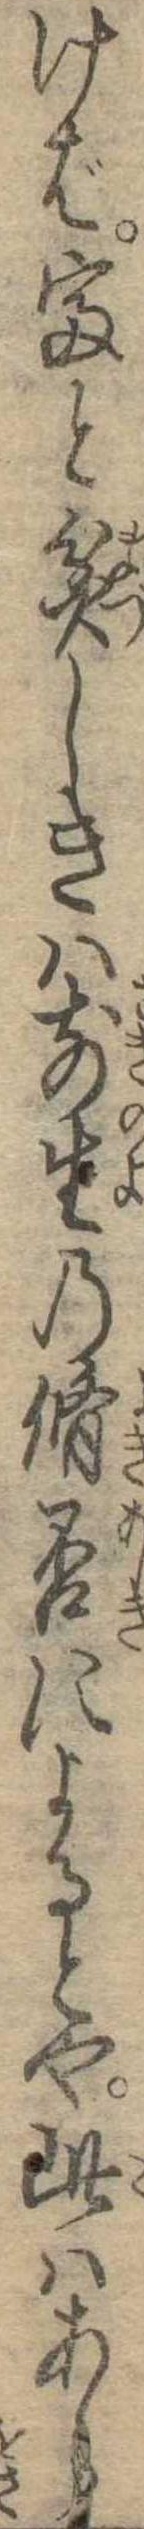
けば富と貧しきは前生の脩否によるとや此はあら